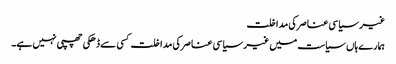
غیر سیاسی عناصر کی مداخلت
ہمارےہاں سیاست میں غیر سیاسی عناصر کی مداخلت کسی سے ڈھکی چھپی نہیں ہے۔